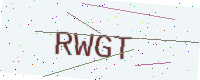
Text: RWGT